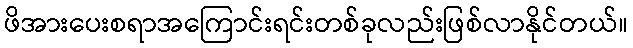
ဖိအားပေးစရာအကြောင်းရင်းတစ်ခုလည်းဖြစ်လာနိုင်တယ်။